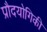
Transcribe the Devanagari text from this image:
प्रौदयोगिकी